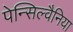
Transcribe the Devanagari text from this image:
पेन्सिल्वैनिया